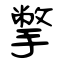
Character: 撆